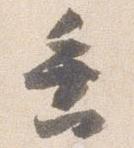
垂